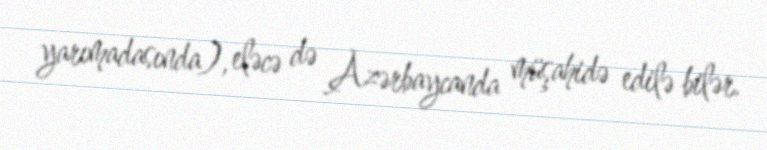
yarımadasında), eləcə də Azərbaycanda müşahidə edilə bilər.